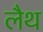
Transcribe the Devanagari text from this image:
लैथ